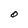
Character: O